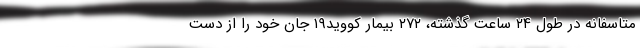
متاسفانه در طول ۲۴ ساعت گذشته، ۲۷۲ بیمار کووید۱۹ جان خود را از دست